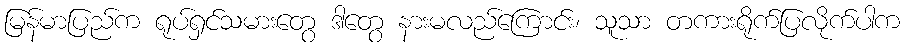
မြန်မာပြည်က ရုပ်ရှင်သမားတွေ ဒါတွေ နားမလည်ကြောင်း၊ သူသာ တကားရိုက်ပြလိုက်ပါက